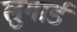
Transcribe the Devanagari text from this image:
लुगार्ड